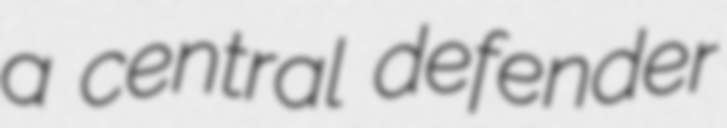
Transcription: a central defender